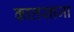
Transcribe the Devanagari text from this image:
कालसाजा